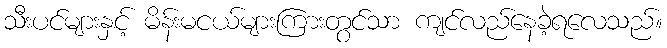
သီးပင်များနှင့် မိန်းမငယ်များကြားတွင်သာ ကျင်လည်နေခဲ့ရလေသည်။